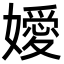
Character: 嬡